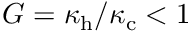
G = \kappa _ { \mathrm { h } } / \kappa _ { \mathrm { c } } < 1